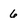
Character: 6